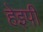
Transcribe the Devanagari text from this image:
हेइपी